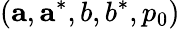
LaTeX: ({\mathbf{a}},{\mathbf{a}}^{*},b,b^{*},p_{0})